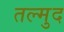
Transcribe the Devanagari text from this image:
तल्मुद